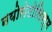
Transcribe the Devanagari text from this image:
नयोरोटोसिस्म